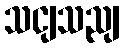
သငျသညျ